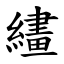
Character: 繣